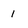
Character: 1